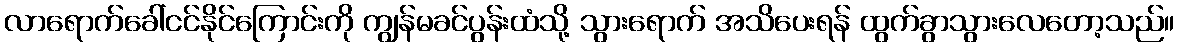
လာရောက်ခေါ်ငင်နိုင်ကြောင်းကို ကျွန်မခင်ပွန်းထံသို့ သွားရောက် အသိပေးရန် ထွက်ခွာသွားလေတော့သည်။